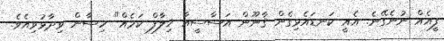
ފީއެއް ނުނެގޭނެ. އެއީ ކަނޑައެޅިގެން ޤާނޫން އަސާސީއާ ޚިލާފް ކަމެއް" ހިސާން ވިދާޅުވިއެވެ.